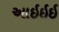
આઇઇઇ